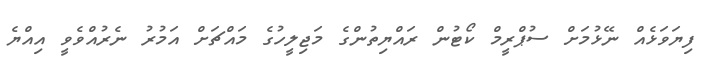
ފިޔަވަޅެއް ނޭޅުމަށް ސުޕްރީމް ކޯޓުން ރައްޔިތުންގެ މަޖިލީހުގެ މައްޗަށް އަމުރު ނެރުއްވެވީ އިއްޔެ